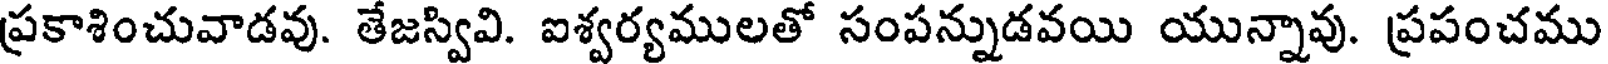
ప్రకాశించువాడవు. తేజస్వివి. ఐశ్వర్యములతో సంపన్నుడవయి యున్నావు. ప్రపంచము